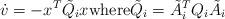
LaTeX: \begin{align*}\dot{v} = -x^T\tilde{Q}_ix \mbox{where} \tilde{Q}_i = \tilde{A}_i^TQ_i\tilde{A}_i\end{align*}